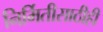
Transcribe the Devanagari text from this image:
निर्मितीसाठीही